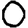
Digit: 0